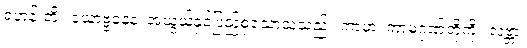
ရဟန်းတို့။ ယောဗ္ဗနေန၊ အယွယ်နှင့်ပြည့်စုံသောသူသည်။ ကာမာ၊ ကာမဂုဏ်တို့ကို။ လဗ္ဘာ၊